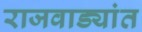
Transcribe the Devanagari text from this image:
राजवाड्यांत